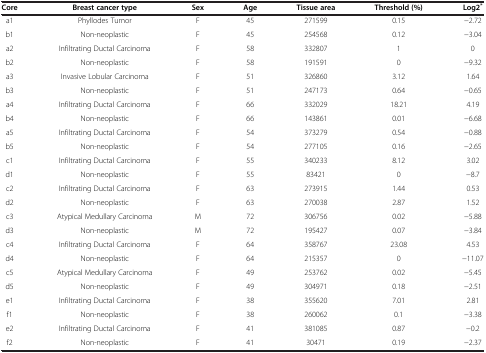
<table><thead><tr><td><b>Core</b></td><td><b>Breast cancer type</b></td><td><b>Sex</b></td><td><b>Age</b></td><td><b>Tissue area</b></td><td><b>Threshold (%)</b></td><td><b>Log2<sup>*</sup></b></td></tr></thead><tbody><tr><td>a1</td><td>Phyllodes Tumor</td><td>F</td><td>45</td><td>271599</td><td>0.15</td><td>−2.72</td></tr><tr><td>b1</td><td>Non-neoplastic</td><td>F</td><td>45</td><td>254568</td><td>0.12</td><td>−3.04</td></tr><tr><td>a2</td><td>Infiltrating Ductal Carcinoma</td><td>F</td><td>58</td><td>332807</td><td>1</td><td>0</td></tr><tr><td>b2</td><td>Non-neoplastic</td><td>F</td><td>58</td><td>191591</td><td>0</td><td>−9.32</td></tr><tr><td>a3</td><td>Invasive Lobular Carcinoma</td><td>F</td><td>51</td><td>326860</td><td>3.12</td><td>1.64</td></tr><tr><td>b3</td><td>Non-neoplastic</td><td>F</td><td>51</td><td>247173</td><td>0.64</td><td>−0.65</td></tr><tr><td>a4</td><td>Infiltrating Ductal Carcinoma</td><td>F</td><td>66</td><td>332029</td><td>18.21</td><td>4.19</td></tr><tr><td>b4</td><td>Non-neoplastic</td><td>F</td><td>66</td><td>143861</td><td>0.01</td><td>−6.68</td></tr><tr><td>a5</td><td>Infiltrating Ductal Carcinoma</td><td>F</td><td>54</td><td>373279</td><td>0.54</td><td>−0.88</td></tr><tr><td>b5</td><td>Non-neoplastic</td><td>F</td><td>54</td><td>277105</td><td>0.16</td><td>−2.65</td></tr><tr><td>c1</td><td>Infiltrating Ductal Carcinoma</td><td>F</td><td>55</td><td>340233</td><td>8.12</td><td>3.02</td></tr><tr><td>d1</td><td>Non-neoplastic</td><td>F</td><td>55</td><td>83421</td><td>0</td><td>−8.7</td></tr><tr><td>c2</td><td>Infiltrating Ductal Carcinoma</td><td>F</td><td>63</td><td>273915</td><td>1.44</td><td>0.53</td></tr><tr><td>d2</td><td>Non-neoplastic</td><td>F</td><td>63</td><td>270038</td><td>2.87</td><td>1.52</td></tr><tr><td>c3</td><td>Atypical Medullary Carcinoma</td><td>M</td><td>72</td><td>306756</td><td>0.02</td><td>−5.88</td></tr><tr><td>d3</td><td>Non-neoplastic</td><td>M</td><td>72</td><td>195427</td><td>0.07</td><td>−3.84</td></tr><tr><td>c4</td><td>Infiltrating Ductal Carcinoma</td><td>F</td><td>64</td><td>358767</td><td>23.08</td><td>4.53</td></tr><tr><td>d4</td><td>Non-neoplastic</td><td>F</td><td>64</td><td>215357</td><td>0</td><td>−11.07</td></tr><tr><td>c5</td><td>Atypical Medullary Carcinoma</td><td>F</td><td>49</td><td>253762</td><td>0.02</td><td>−5.45</td></tr><tr><td>d5</td><td>Non-neoplastic</td><td>F</td><td>49</td><td>304971</td><td>0.18</td><td>−2.51</td></tr><tr><td>e1</td><td>Infiltrating Ductal Carcinoma</td><td>F</td><td>38</td><td>355620</td><td>7.01</td><td>2.81</td></tr><tr><td>f1</td><td>Non-neoplastic</td><td>F</td><td>38</td><td>260062</td><td>0.1</td><td>−3.38</td></tr><tr><td>e2</td><td>Infiltrating Ductal Carcinoma</td><td>F</td><td>41</td><td>381085</td><td>0.87</td><td>−0.2</td></tr><tr><td>f2</td><td>Non-neoplastic</td><td>F</td><td>41</td><td>30471</td><td>0.19</td><td>−2.37</td></tr></tbody></table>